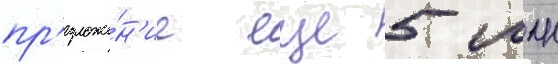
пр'едложе́н'ие еще 5 млн